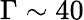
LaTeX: \Gamma\sim 40